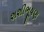
શશીભૂષણ